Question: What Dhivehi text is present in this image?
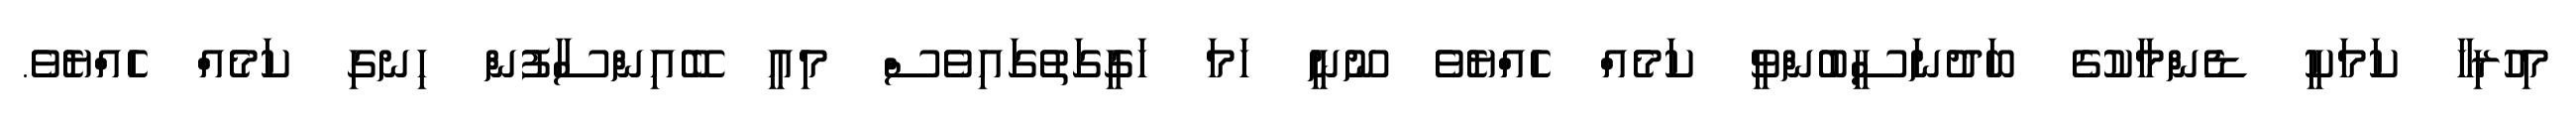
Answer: މިހުރިހާ ކަމަކީ ޑެންމާކުގެ ބަދުނަސީބުންވީ ކަމެއް ހެއްޔެވެ ނޫނީ ހަމަ ހަގީގަތުގައިވެސް މިއީ ބޭއިންސާފުން ހިނގި ކަމެއް ހެއްޔެވެ.